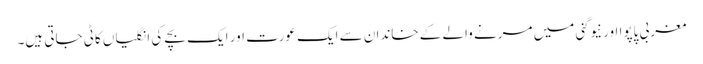
مغربی پاپوا اور نیوگنی میں مرنے والے کے خاندان سے ایک عورت اور ایک بچے کی انگلیاں کاٹی جاتی ہیں۔